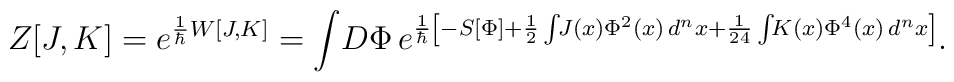
Z[J,K]=e^{\frac{1}{\hbar}W[J,K]}=\int\!D\Phi\,e^{\frac{1}{\hbar}\left[-S[\Phi] +\frac{1}{2}\int\!\!J(x)\Phi^{2}(x)\,d^{n}x+\frac{1}{24}\int\!\!K(x)\Phi^{4}(x)\,d^{n}x\right]}.